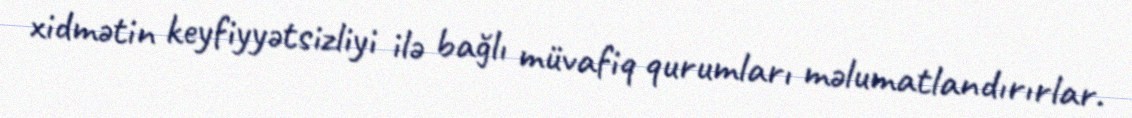
xidmətin keyfiyyətsizliyi ilə bağlı müvafiq qurumları məlumatlandırırlar.